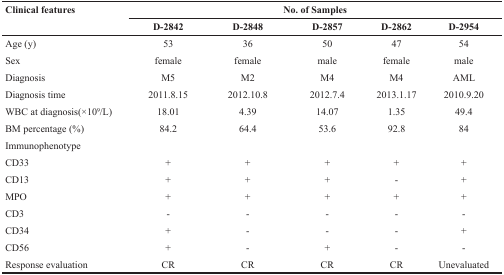
| <ROWSPAN=2> Clinical features | <COLSPAN=5> No. of Samples |
 | D-2842 | D-2848 | D-2857 | D-2862 | D-2954 |
 | --- | --- | --- | --- | --- | --- |
 | Age (y) | 53 | 36 | 50 | 47 | 54 |
 | Sex | female | female | male | female | male |
 | Diagnosis | M5 | M2 | M4 | M4 | AML |
 | Diagnosis time | 2011.8.15 | 2012.10.8 | 2012.7.4 | 2013.1.17 | 2010.9.20 |
 | WBC at diagnosis(×109/L) | 18.01 | 4.39 | 14.07 | 1.35 | 49.4 |
 | BM percentage (%) | 84.2 | 64.4 | 53.6 | 92.8 | 84 |
 | Immunophenotype |  |  |  |  |  |
 | CD33 | + | + | + | + | + |
 | CD13 | + | + | + | - | + |
 | MPO | + | + | + | + | + |
 | CD3 | - | - | - | - | - |
 | CD34 | + | - | - | - | + |
 | CD56 | + | - | + | - | - |
 | Response evaluation | CR | CR | CR | CR | Unevaluated |